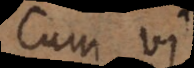
cum vi